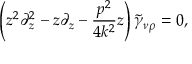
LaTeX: \left( z ^ { 2 } \partial _ { z } ^ { 2 } - z \partial _ { z } - \frac { p ^ { 2 } } { 4 k ^ { 2 } } z \right) \tilde { \gamma } _ { \nu \rho } = 0 ,